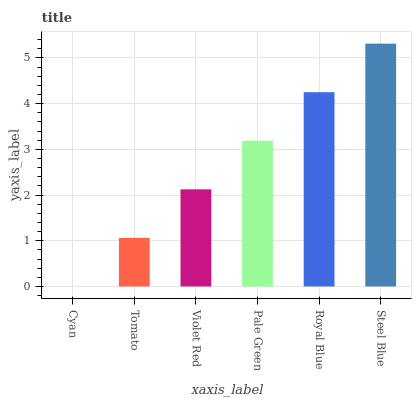
| xaxis_label | bars |
 | --- | --- |
 | Cyan | 0 |
 | Tomato | 1.06 |
 | Violet Red | 2.12 |
 | Pale Green | 3.19 |
 | Royal Blue | 4.25 |
 | Steel Blue | 5.31 |